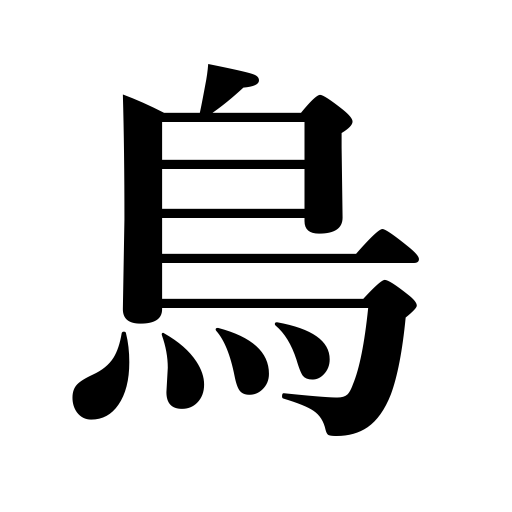
Meanings: chicken,fowl,bird